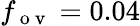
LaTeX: f_{\mathrm{~o~v~}}=0.04